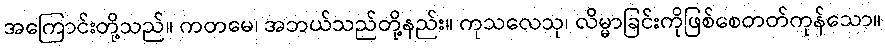
အကြောင်းတို့သည်။ ကတမေ၊ အဘယ်သည်တို့နည်း။ ကုသလေသု၊ လိမ္မာခြင်းကိုဖြစ်စေတတ်ကုန်သော။